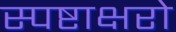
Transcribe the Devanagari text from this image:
स्पष्टाक्षरो